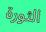
الثورة